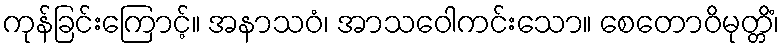
ကုန်ခြင်းကြောင့်။ အနာသဝံ၊ အာသဝေါကင်းသော။ စေတောဝိမုတ္တိံ၊